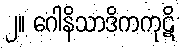
၂။ ဂေါနိသာဒိကကုဋိ